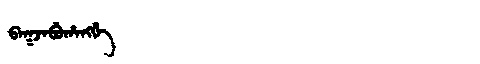
Manchu: ᠪᠠᡴᠵᠠᠪᡠᡥᠠᠩᡤᡝ
Romanization: BAKJABUHANGGE